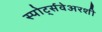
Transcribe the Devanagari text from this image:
स्पोर्ट्सवेअरशी